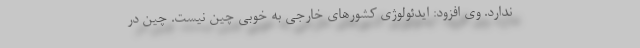
ندارد. وی افزود: ایدئولوژی کشورهای خارجی به خوبی چین نیست. چین در